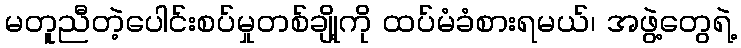
မတူညီတဲ့ပေါင်းစပ်မှုတစ်ချို့ကို ထပ်မံခံစားရမယ်၊ အဖွဲ့တွေရဲ့